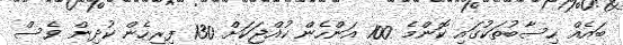
ބައެއް ހިސާބުތަކުގައި ކޮންމެ 100 އަންހެން ކުއްޖަކަށް 130 ފިރިހެން ކުދިން ވެސް